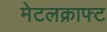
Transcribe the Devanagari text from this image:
मेटलक्राफ्ट